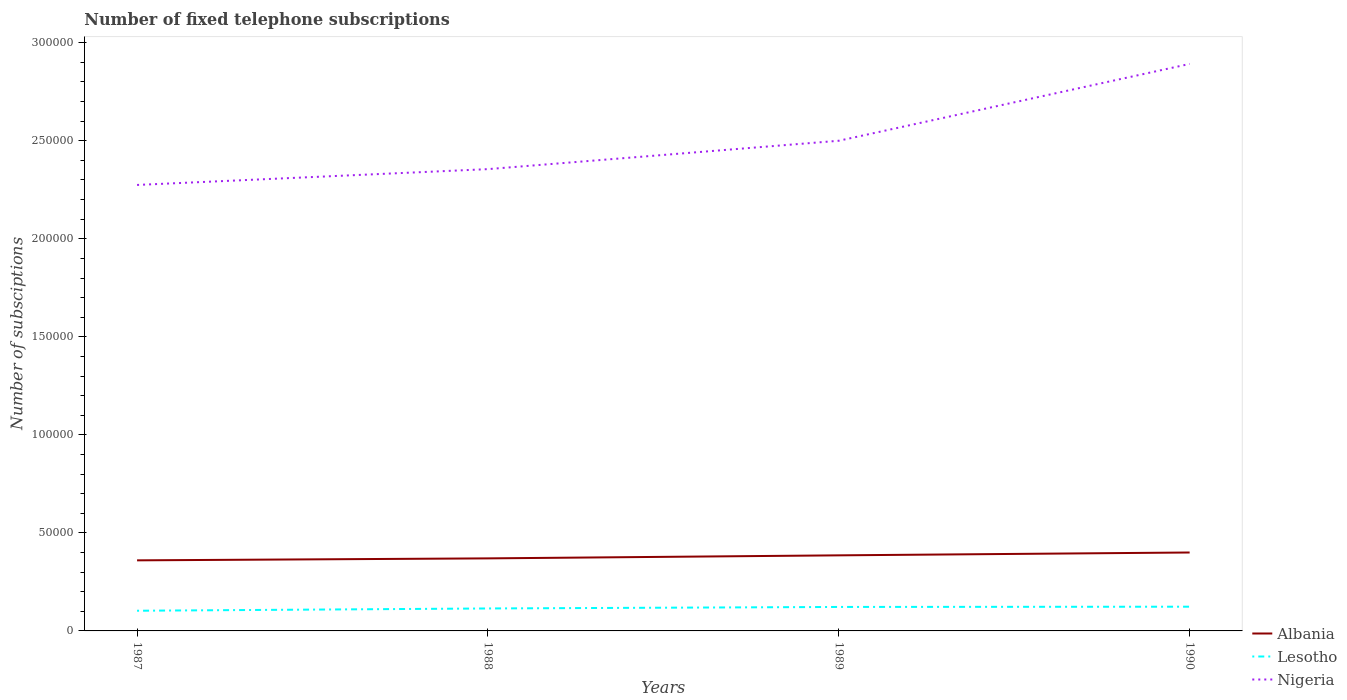
| Years | Albania | Lesotho | Nigeria |
 | --- | --- | --- | --- |
 | 1987 | 3.6e+04 | 1.03e+04 | 2.27e+05 |
 | 1988 | 3.7e+04 | 1.15e+04 | 2.36e+05 |
 | 1989 | 3.86e+04 | 1.22e+04 | 2.5e+05 |
 | 1990 | 4e+04 | 1.24e+04 | 2.89e+05 |